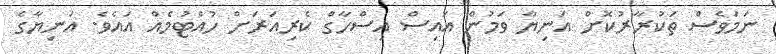
ނަމަވެސް ތަކުރާރުކޮށް އަނިޔާ ވަމުން އައިސް އިސްހާގް ކެރިއަރަށް ހުއްޓުމެއް އައެވެ. އަނިޔާގެ